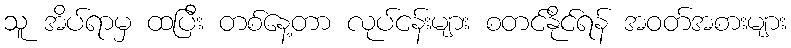
သူ အိပ်ရာမှ ထပြီး တစ်နေ့တာ လုပ်ငန်းများ စတင်နိုင်ရန် အဝတ်အစားများ